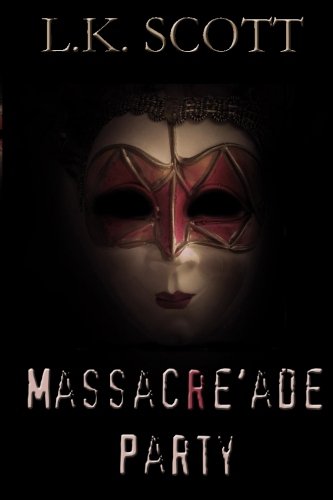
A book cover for Massacre'ade Party; L. K. Scott; Gay & Lesbian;